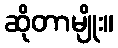
ဆိုတာမျိုး။